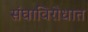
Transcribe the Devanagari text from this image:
संघाविरोधात